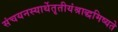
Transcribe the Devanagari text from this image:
संचयनस्यार्थेतृतीयंश्राद्धमिष्यते